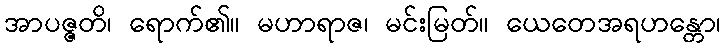
အာပဇ္ဇတိ၊ ရောက်၏။ မဟာရာဇ၊ မင်းမြတ်။ ယေတေအရဟန္တော၊